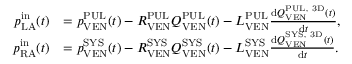
\begin{array} { r l } { p _ { \mathrm { L A } } ^ { \mathrm { i n } } ( t ) } & { = p _ { \mathrm { V E N } } ^ { \mathrm { P U L } } ( t ) - R _ { \mathrm { V E N } } ^ { \mathrm { P U L } } Q _ { \mathrm { V E N } } ^ { \mathrm { P U L } } ( t ) - L _ { \mathrm { V E N } } ^ { \mathrm { P U L } } \frac { \mathrm d Q _ { \mathrm { V E N } } ^ { \mathrm { P U L , ~ 3 D } } ( t ) } { \mathrm d t } , } \\ { p _ { \mathrm { R A } } ^ { \mathrm { i n } } ( t ) } & { = p _ { \mathrm { V E N } } ^ { \mathrm { S Y S } } ( t ) - R _ { \mathrm { V E N } } ^ { \mathrm { S Y S } } Q _ { \mathrm { V E N } } ^ { \mathrm { S Y S } } ( t ) - L _ { \mathrm { V E N } } ^ { \mathrm { S Y S } } \frac { \mathrm d Q _ { \mathrm { V E N } } ^ { \mathrm { S Y S , ~ 3 D } } ( t ) } { \mathrm d t } . } \end{array}